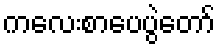
ကလေးစာပေပွဲတော်